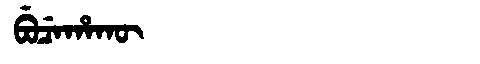
Manchu: ᠪᡠᠴᡝᡥᠠᡴᡡ
Romanization: BUCEHAKŪ